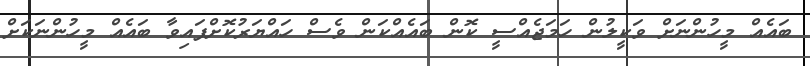
ބައެއް މީހުންނަށް ވަކީލުން ހަމަޖެއްސީ ކޮން ބައެއްކަން ވެސް ހައްޔަރުކޮށްފައިވާ ބައެއް މީހުންނަކަށް